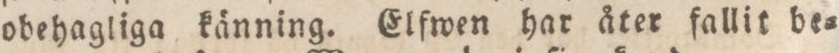
obehagliga känning. Elfwen har åter fallit be=